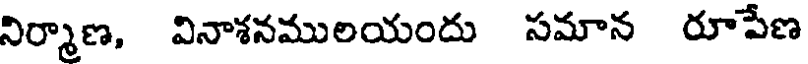
నిర్మాణ, వినాశనములయందు సమాన రూపేణ